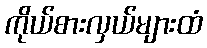
ကိုယ်စားလှယ်များထံ